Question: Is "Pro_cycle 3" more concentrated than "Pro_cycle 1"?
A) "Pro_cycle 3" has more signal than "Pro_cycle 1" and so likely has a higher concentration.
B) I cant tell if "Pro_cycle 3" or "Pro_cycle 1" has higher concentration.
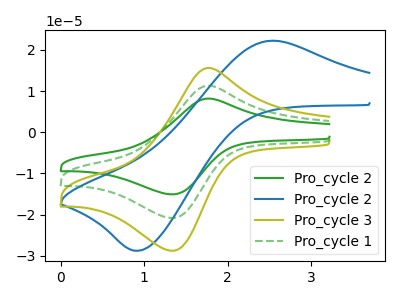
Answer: <think>The green curve "Pro_cycle 2" has an anodic peak at (1.75V, 22.65uA) and a cathodic peak at (1.35V, -41.70uA). The blue curve "Pro_cycle 2" has an anodic peak at (2.55V, 22.25uA) and a cathodic peak at (0.95V, -28.80uA). The olive curve "Pro_cycle 3" has an anodic peak at (1.75V, 15.65uA) and a cathodic peak at (1.35V, -28.80uA). The green dashed curve "Pro_cycle 1" has an anodic peak at (1.75V, 11.30uA) and a cathodic peak at (1.35V, -20.85uA).
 All the peaks in "Pro_cycle 3" have a peak in "Pro_cycle 1" at the same potential. Every peak in "Pro_cycle 3" is higher than every peak in "Pro_cycle 1".</think>
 <answer>A) "Pro_cycle 3" has more signal than "Pro_cycle 1" and so likely has a higher concentration.</answer>
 <eval>A</eval>